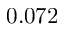
0 . 0 7 2